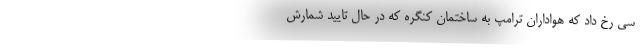
سی رخ داد که هواداران ترامپ به ساختمان کنگره که در حال تایید شمارش